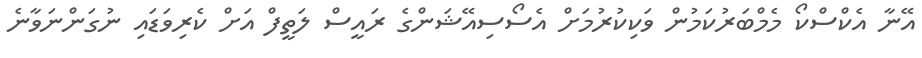
އޭނާ އެކްސްކޯ މެމްބަރުކަމުން ވަކިކުރުމަށް އެސޯސިއޭޝަންގެ ރައީސް ލަތީފް އަށް ކެރިވަޑައި ނުގަންނަވާނެ